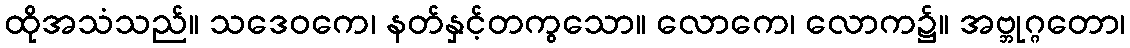
ထိုအသံသည်။ သဒေဝကေ၊ နတ်နှင့်တကွသော။ လောကေ၊ လောက၌။ အဗ္ဘုဂ္ဂတော၊